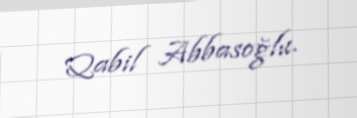
Qabil Abbasoğlu.